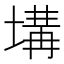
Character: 𡏞